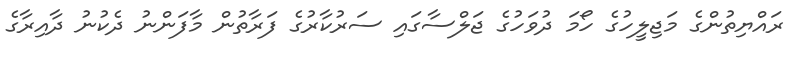
ރައްޔިތުންގެ މަޖިލީހުގެ ހޯމަ ދުވަހުގެ ޖަލްސާގައި ސަރުކާރުގެ ފަރާތުން މާފަންނު ދެކުނު ދާއިރާގެ